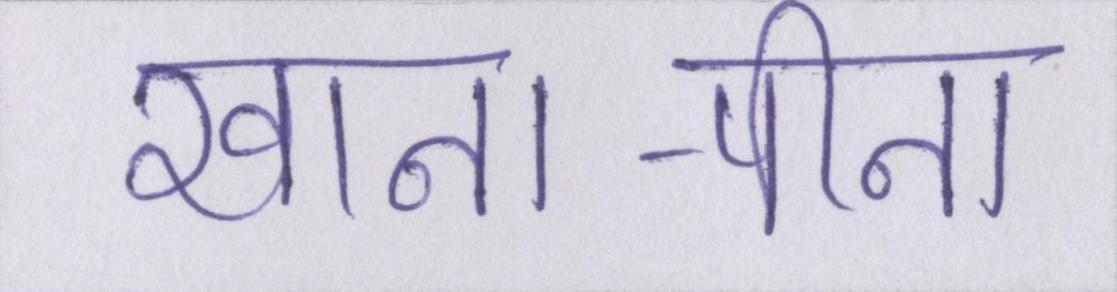
खाना-पीना